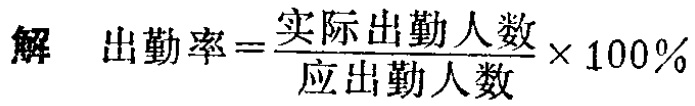
解 \(出勤率=\frac{实际出勤人数}{应出勤人数}\times 100\%\)